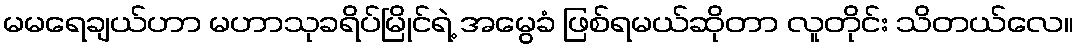
မမရေချယ်ဟာ မဟာသုခရိပ်မြိုင်ရဲ့ အမွေခံ ဖြစ်ရမယ်ဆိုတာ လူတိုင်း သိတယ်လေ။